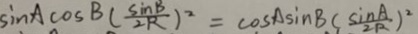
\sin A \cos B ( \frac { \sin B } { 2 R } ) ^ { 2 } = \cos A \sin B ( \frac { \sin A } { 2 R } ) ^ { 2 }